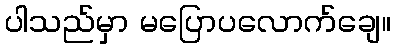
ပါသည်မှာ မပြောပလောက်ချေ။